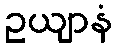
ဥယျာနံ